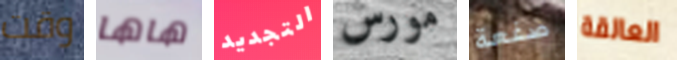
وقت هاها التجديد مورس صفعة العالقة